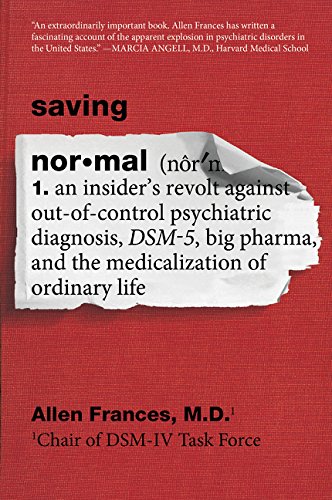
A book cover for Saving Normal: An Insider's Revolt against Out-of-Control Psychiatric Diagnosis, DSM-5, Big Pharma, and the Medicalization of Ordinary Life; Allen, M.D. Frances; Medical Books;